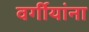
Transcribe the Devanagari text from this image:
वर्गीयांना